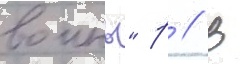
воины" р // В